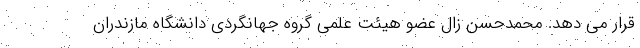
قرار می دهد. محمدحسن زال عضو هیئت علمی گروه جهانگردی دانشگاه مازندران